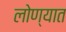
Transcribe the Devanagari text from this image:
लोण्यात